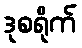
ဒုစရိုက်